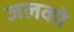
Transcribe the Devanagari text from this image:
जलको